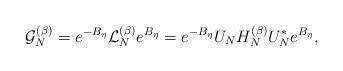
LaTeX: \begin{align*} \mathcal{G}^{(\beta)}_N = e^{-B_\eta} \mathcal{L}_N^{(\beta)} e^{B_\eta} = e^{-B_\eta} U_N H_N^{(\beta)}U_N^* e^{B_\eta},\end{align*}